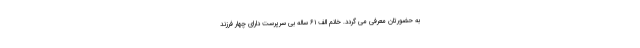
به حضورتان معرفی می گردد. خانم الف ۶۱ ساله بی سرپرست دارای چهار فرزند